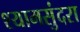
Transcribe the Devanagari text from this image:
श्यामसुंदरा